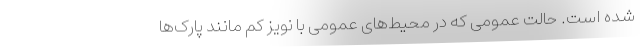
شده است. حالت عمومی که در محیط‌های عمومی با نویز کم مانند پارک‌ها